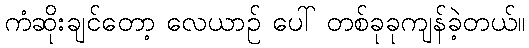
ကံဆိုးချင်တော့ လေယာဉ် ပေါ် တစ်ခုခုကျန်ခဲ့တယ်။